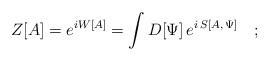
LaTeX: \begin{align*}Z[A] = e^{i W[A]} = \int D[\Psi] \, e^{i \, S[A, \, \Psi]} \quad ;\end{align*}